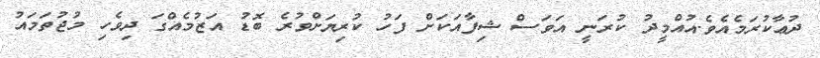
ދުޢާކުރަމެއެވެ.އުއްމީދު ކުރަނީ އަވަސް ޝިފާއަކަށް ފަހު ކުރިޔަށްވުރެ ބޮޑު އަޒުމެއްގަ ދިވެހި މުޖުތަމައު